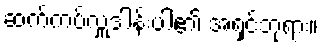
ဆက်ကပ်လှူဒါန်းပါ၏ အရှင်ဘုရား။